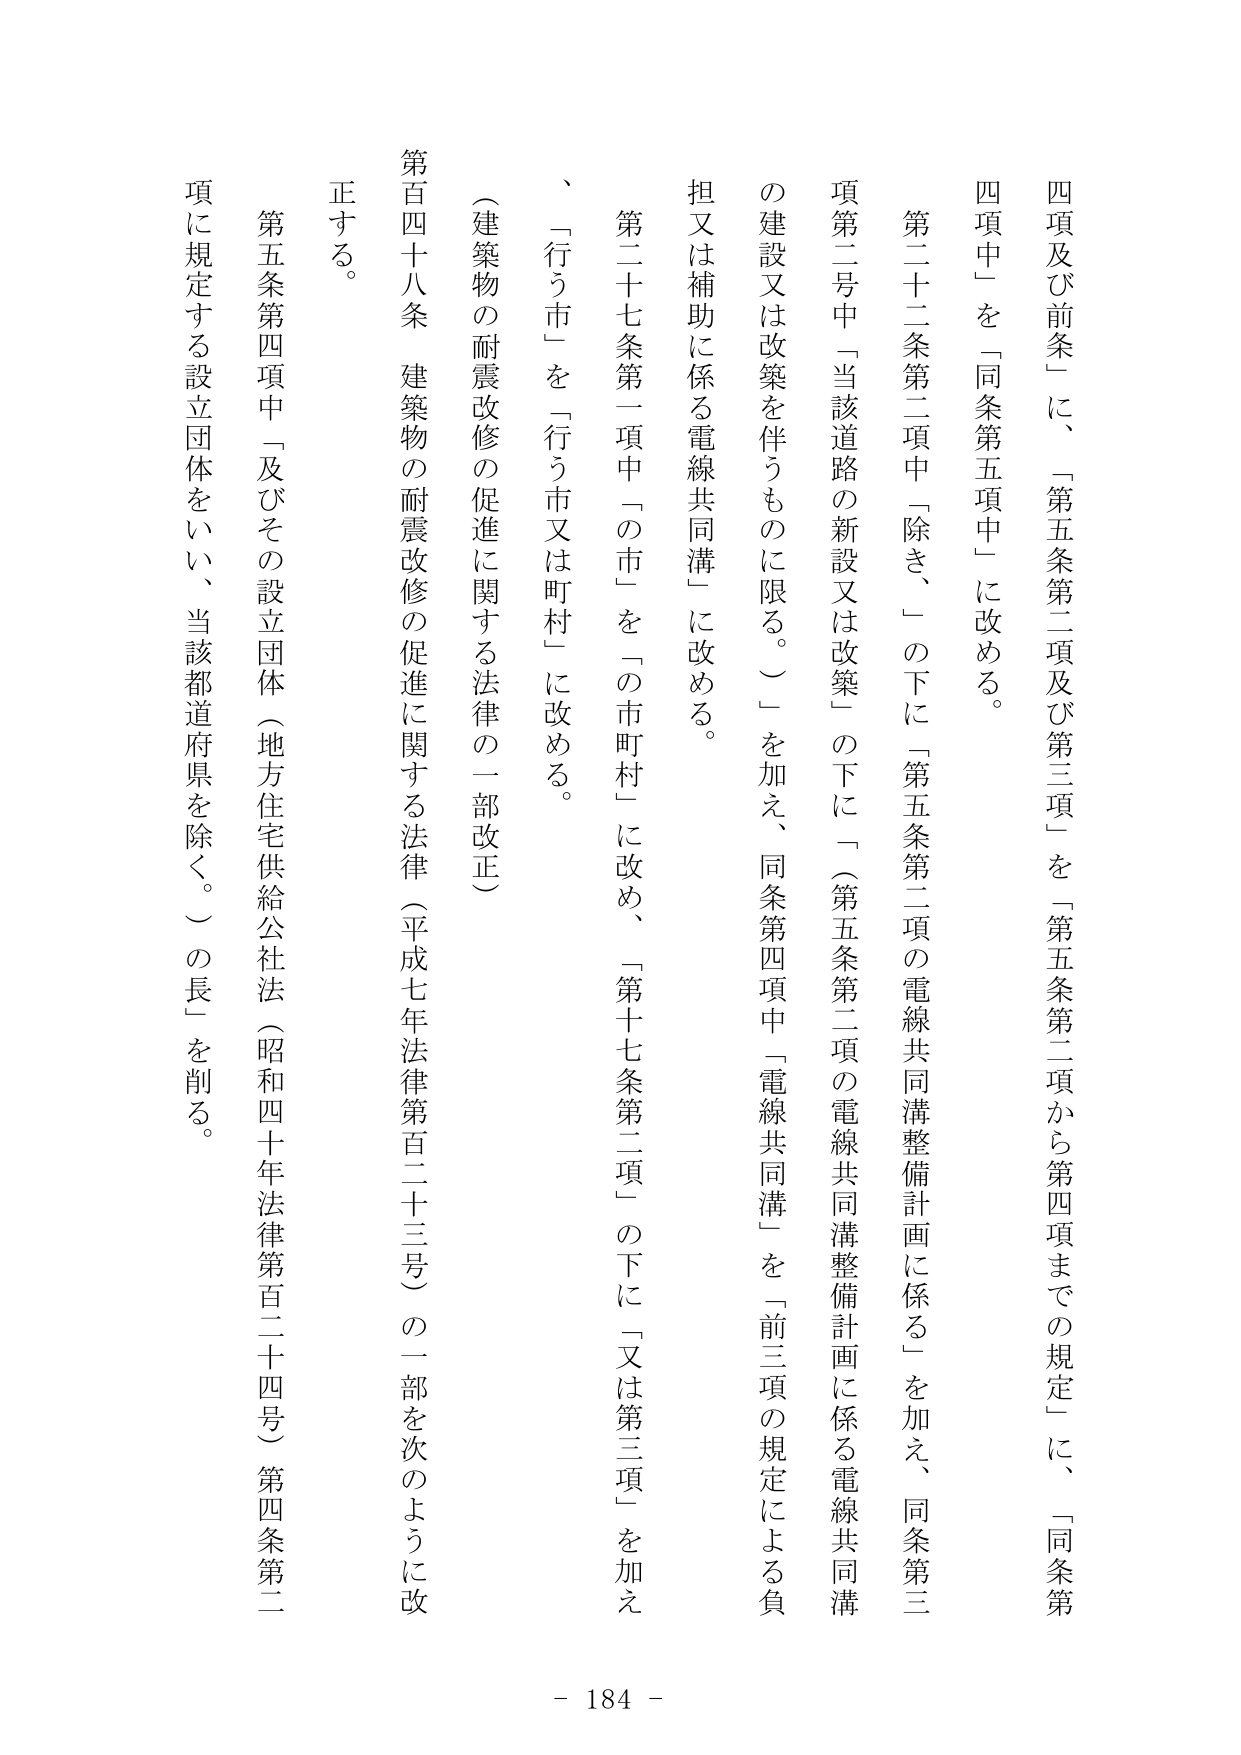
四項及び前条」に、「第五条第二項及び第三項」を「第五条第二項から第四項までの規定」に、「同条第四項中」を「同条第五項中」に改める。

第二十二条第二項中「除き、」の下に「第五条第二項の電線共同溝整備計画に係る」を加え、同条第三項第二号中「当該道路の新設又は改築」の下に「（第五条第二項の電線共同溝整備計画に係る電線共同溝の建設又は改築を伴うものに限る。）」を加え、同条第四項中「電線共同溝」を「前三項の規定による負担又は補助に係る電線共同溝」に改める。

第二十七条第一項中「の市」を「の市町村」に改め、「第十七条第二項」の下に「又は第三項」を加え、「行う市」を「行う市又は町村」に改める。

（建築物の耐震改修の促進に関する法律の一部改正）

第百四十八条 建築物の耐震改修の促進に関する法律（平成七年法律第百二十三号）の一部を次のように改正する。

第五条第四項中「及びその設立団体（地方住宅供給公社法（昭和四十年法律第百二十四号）第四条第二項に規定する設立団体をいい、当該都道府県を除く。）の長」を削る。

- 184 -